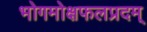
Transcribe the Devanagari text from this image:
भोगमोक्षफलप्रदम्